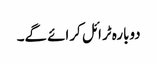
دوبارہ ٹرائل کرائے گے۔